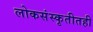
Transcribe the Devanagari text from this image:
लोकसंस्कृतीतही